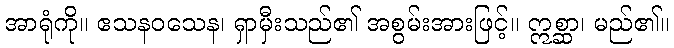
အာရုံကို။ ဧသနဝသေန၊ ရှာမှီးသည်၏ အစွမ်းအားဖြင့်။ ဣစ္ဆာ၊ မည်၏။